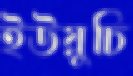
ইউয়ুচি